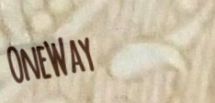
OneWay